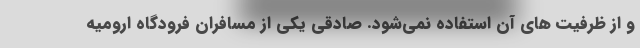
و از ظرفیت های آن استفاده نمی‌شود. صادقی یکی از مسافران فرودگاه ارومیه